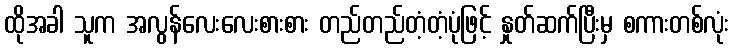
ထိုအခါ သူက အလွန်လေးလေးစားစား တည်တည်တံ့တံ့ပုံဖြင့် နှုတ်ဆက်ပြီးမှ စကားတစ်လုံး